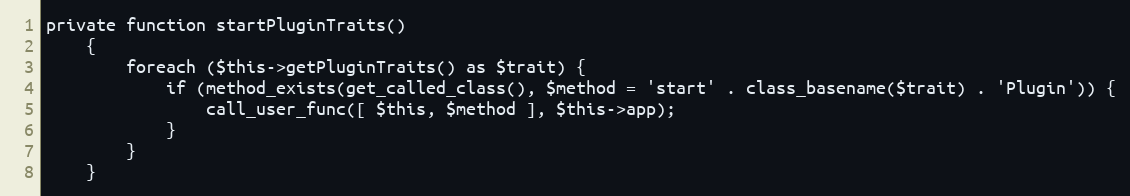
Language: PHP
private function startPluginTraits()
    {
        foreach ($this->getPluginTraits() as $trait) {
            if (method_exists(get_called_class(), $method = 'start' . class_basename($trait) . 'Plugin')) {
                call_user_func([ $this, $method ], $this->app);
            }
        }
    }